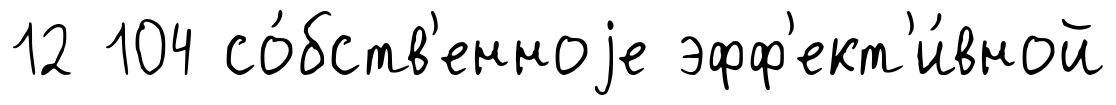
12 104 со́бств'енноjе эфф'ект'и́вной